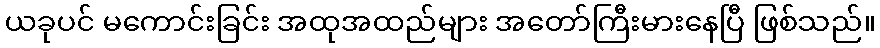
ယခုပင် မကောင်းခြင်း အထုအထည်များ အတော်ကြီးမားနေပြီ ဖြစ်သည်။